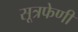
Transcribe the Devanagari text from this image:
सूत्रफेणी